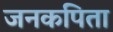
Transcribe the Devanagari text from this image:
जनकपिता